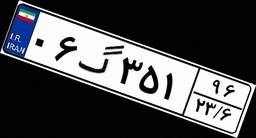
۰۶گ۳۵۱۹۶